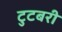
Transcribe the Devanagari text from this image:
टुटबरी